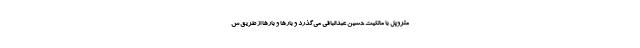
متروپل با مالکیت حسین عبدالباقی می‌گذرد و بارها و بارها از طریق ش